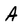
Character: A